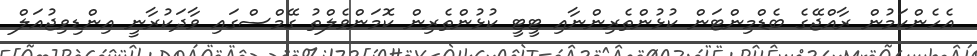
އެހެންކަމުން ރާއްޖޭގެ ބެޑްމިންޓަން ކުޅުންތެރިންނާއި ޓީޓީ ކުޅުންތެރިން ކޮމަންވެލްތު ގޭމްސްގައި ވާދަކުރާނީ އިންޑިވިޖުއަލް